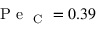
\mathrm { ~ P ~ e ~ } _ { \mathrm { ~ C ~ } } = 0 . 3 9